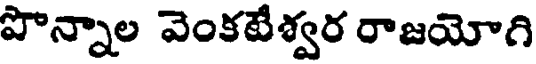
పొన్నాల వెంకటేశ్వర రాజయోగి